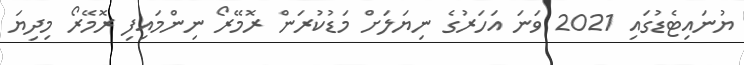
ޔުނައިޓެޑުގައި 2021 ވަނަ އަހަރުގެ ނިޔަލަށް މަޑުކުރަން ރޮމޭރޯ ނިންމައިފި ރޮމޭރޯ މިދިޔަ